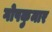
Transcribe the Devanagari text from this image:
गोपकुमार